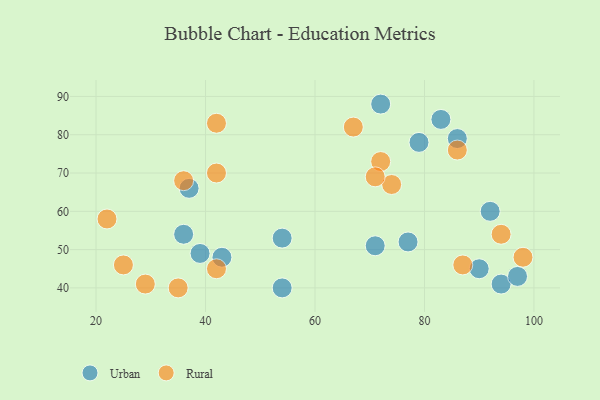
{"axis": {"x": "GDP", "y": "Life Expectancy"}, "legend": ["Rural", "Urban"], "data": [{"x": "90", "y": 45, "type": "Urban"}, {"x": "54", "y": 53, "type": "Urban"}, {"x": "71", "y": 51, "type": "Urban"}, {"x": "54", "y": 40, "type": "Urban"}, {"x": "92", "y": 60, "type": "Urban"}, {"x": "83", "y": 84, "type": "Urban"}, {"x": "36", "y": 54, "type": "Urban"}, {"x": "77", "y": 52, "type": "Urban"}, {"x": "43", "y": 48, "type": "Urban"}, {"x": "94", "y": 41, "type": "Urban"}, {"x": "97", "y": 43, "type": "Urban"}, {"x": "86", "y": 79, "type": "Urban"}, {"x": "39", "y": 49, "type": "Urban"}, {"x": "37", "y": 66, "type": "Urban"}, {"x": "79", "y": 78, "type": "Urban"}, {"x": "72", "y": 88, "type": "Urban"}, {"x": "72", "y": 73, "type": "Rural"}, {"x": "36", "y": 68, "type": "Rural"}, {"x": "87", "y": 46, "type": "Rural"}, {"x": "29", "y": 41, "type": "Rural"}, {"x": "67", "y": 82, "type": "Rural"}, {"x": "98", "y": 48, "type": "Rural"}, {"x": "22", "y": 58, "type": "Rural"}, {"x": "94", "y": 54, "type": "Rural"}, {"x": "42", "y": 83, "type": "Rural"}, {"x": "74", "y": 67, "type": "Rural"}, {"x": "71", "y": 69, "type": "Rural"}, {"x": "42", "y": 45, "type": "Rural"}, {"x": "42", "y": 70, "type": "Rural"}, {"x": "86", "y": 76, "type": "Rural"}, {"x": "35", "y": 40, "type": "Rural"}, {"x": "25", "y": 46, "type": "Rural"}]}